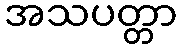
အသပတ္တာ